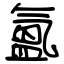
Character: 氳